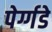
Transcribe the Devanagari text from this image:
पेर्ग्गडे